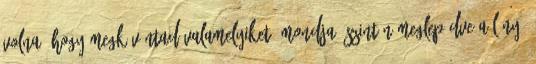
volna, hogy megkívántad valamelyiket. mondja őszintén meglepődve a lány,